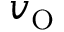
v _ { \mathrm { O } }